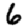
Digit: 6